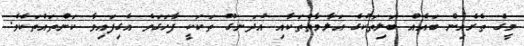
މީގެ ތެރެއިން ބައެއް ބަލިތަކުގެ އަލާމާތްތަކާއި އުދަނގޫ ތަކަކީ ފާހަގަވެ އެގިފައިވާ ކަންތައްތަކެވެ.